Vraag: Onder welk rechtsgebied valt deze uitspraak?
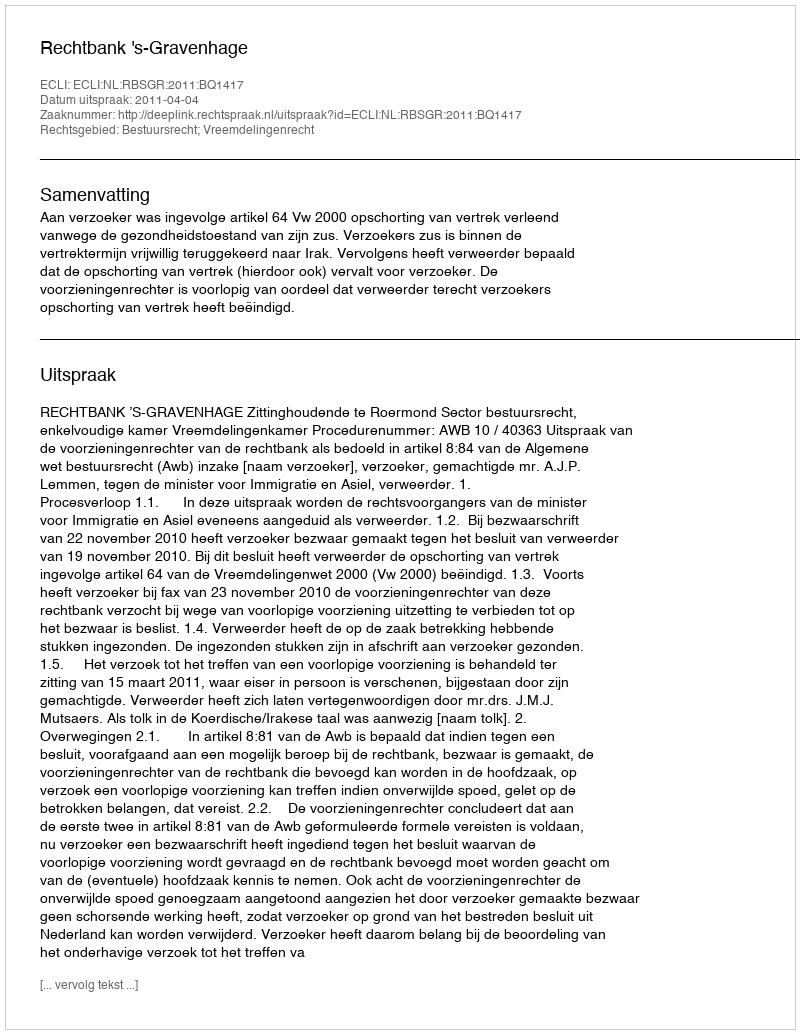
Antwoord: Bestuursrecht; Vreemdelingenrecht